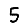
Digit: 5